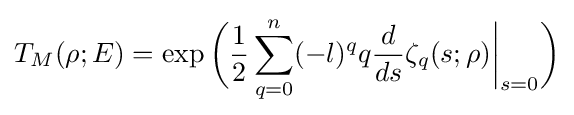
T_{M}(\rho ;E)=\exp {\biggl (}{\frac {1}{2}}\sum _{q=0}^{n}(-l)^{q}q{\frac {d}{ds}}\zeta _{q}(s;\rho ){\biggl |}_{s=0}{\biggr )}